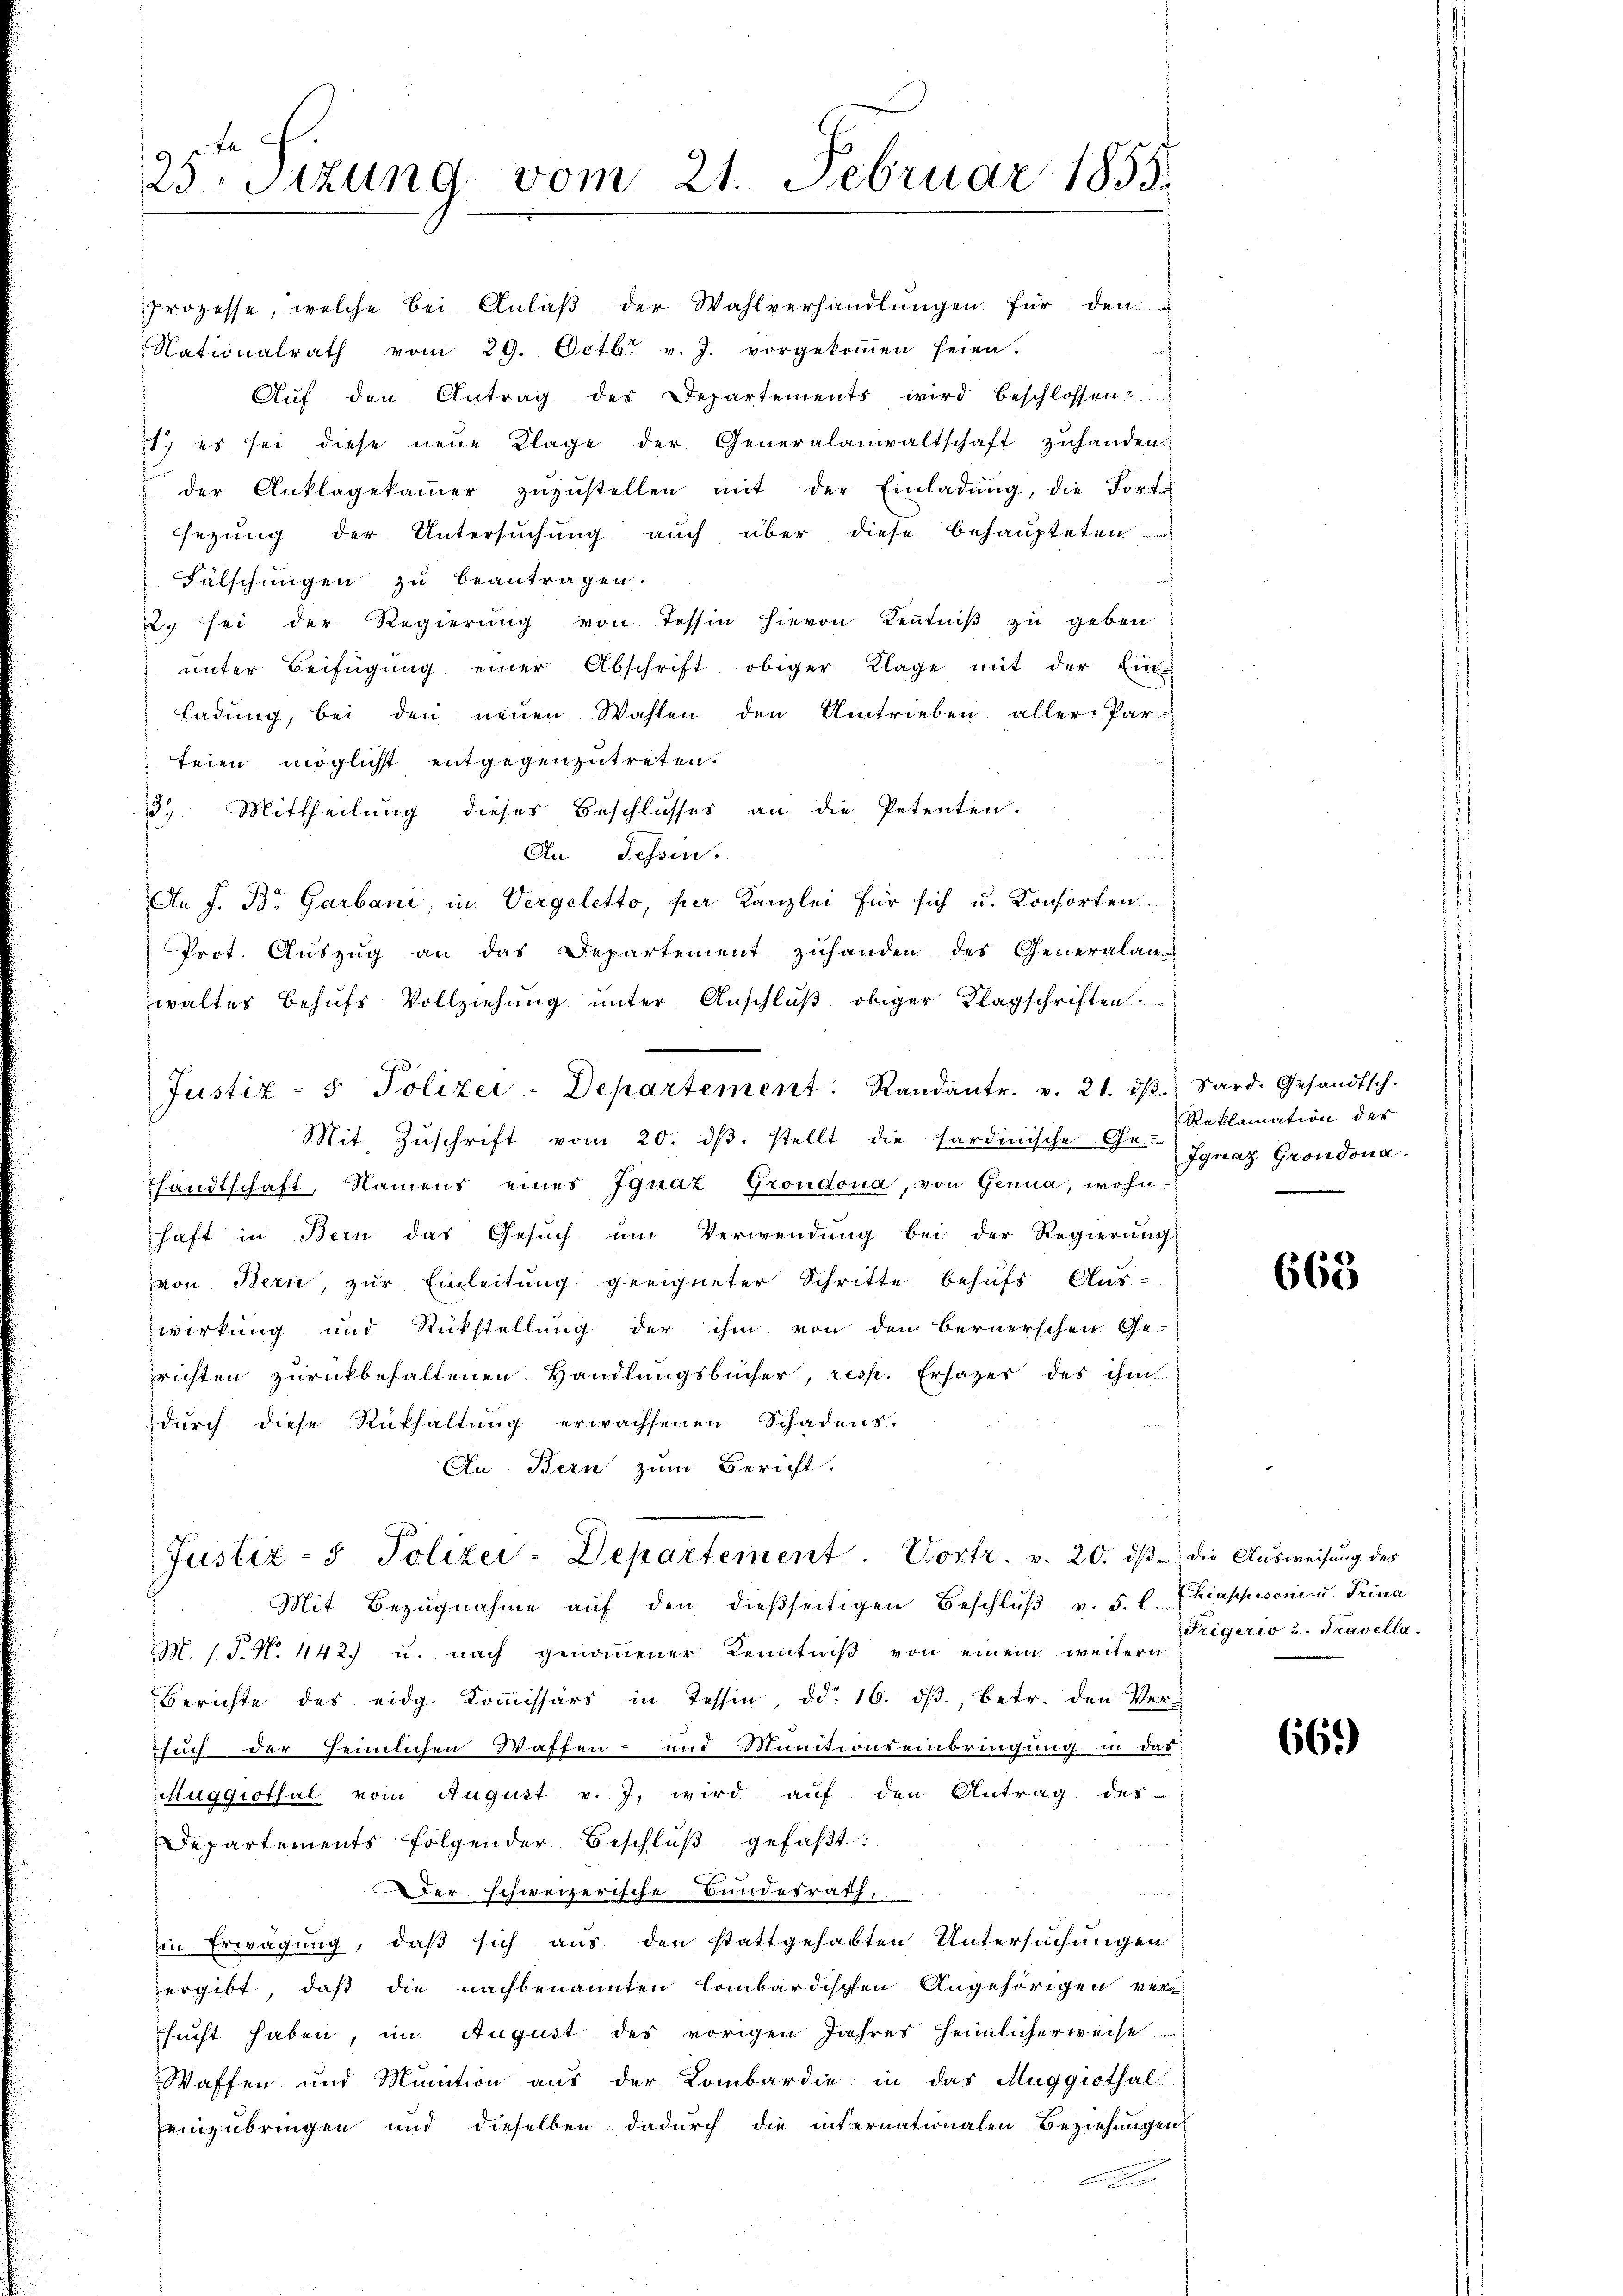
9 x
23. Sitzung vom 21. Februar 1855.

prozesse, welche bei Anlaβ der Wahlverhandlŭngen für den
Nationalrath vom 29. Octbr. v. J. vorgekoṁen seien.
Auf den Antrag des Departements wird beschlossen?
., es sei diese neŭe Klage der Generalanwaltschaft zuhanden.
" der Anklagekammer zŭzŭstellen mit der Einladŭng, die Fort
sezung der Untersuchung auch über diese behaupteten
Fälschungen zu beantragen.
2. sei der Regierŭng von Tessin hievon Keṅtniβ zŭ geben.
unter Beifügung einer Abschrift obiger Klage mit der Ein-
ladung, bei den neuen Wahlen den Umtrieben aller. Par-
teien möglicht entgegenzutreten.
3.) Mittheilung dieses Beschlusses an die Petenten.
An Fessen.
An J. Br. Garbani, in Vergeletto, per Kanzlei für sich u. Konsorten.
Prot. Auszug an das Departement zuhanden des Generalan-
waltes behufs Vollziehung unter Anschluß obiger Klagschriften.
Justiz- & Polizei-Departement. Randantr. v. 21. dβ. Sard. Gesandtsch.
Mit Zŭschrift vom 20. dβ. stellt die sardinische Ge- Ignaz Grondona
Handtschaft, Namens eines Ignaz Grondona, von Genua, wohnhaft in Bern das Gesŭch ŭm Verwendŭng bei der Regierŭng
von Bern, zur Einleitung geeigneter Schritte behufs Aus-
wirkung und Rückstellung der ihm von den Bernerschen Ge-
richten zurückbehaltenen Handlungsbücher, resp. Ersazer des ihm
durch diese Rückhaltung erwachsenen Schadens-
An Bern zum Bericht.

Justiz- & Polizei-Departement. Vortr. v. 20. dβ die Aŭsweisŭng des

Mit Bezŭgnahme aŭf den dieβseitigen Beschlŭβ v. 5. l.
M. 1 S. No. 442. u. nach genommener Kenntniß von einem weitern
Berichte des eidg. Koṁissärs in Tessin dd. 16. dβ., betr. den Ver-
such der heimlichen Waffen- und Munctionseinbringung in das
Muggithal vom August v. J. wird auf den Antrag des
Departements folgender Beschlŭβ gefaßt:
Der schweizerische Bundesrath,
in Erwägung, daß sich aus den stattgehabten Untersuchungen
ergibt, daß die nachbenannten Combardischen Angehörigen ver-
sucht haben, im August des vorigen Jahres heimlicherweise
Waffen und Munition aus der Kombardie in das Muggithal
einzubringen und dieselben dadurch die internationalen Beziehungen

Reklamation des

668

Chiappesoni u. Trina
Trigerio u. Travella.

669)